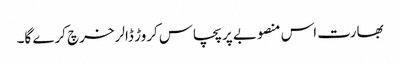
بھارت اس منصوبے پر پچاس کروڑ ڈالر خرچ کرے گا۔